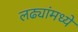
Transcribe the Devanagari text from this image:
लढ्यांमध्ये